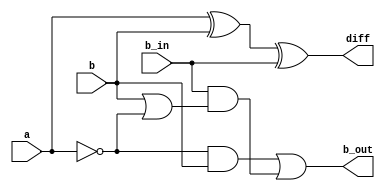
`timescale 1ns / 1ps


module bit1_subtractor (
    diff, b_out, a, b, b_in
); 

    output diff, b_out;
    input a, b, b_in;
    wire i1, i2, i3, i4;
    wire b_c, a_c;

    // to find diff- a^b^(b_in)
    not n1 (a_c, a);
    not n2 (b_c, b);
                   
    xor q1 (i1, a, b); //a^b
    xor q2 (diff, i1, b_in);  //(a^b)^b_in

    
    // to find borrow out - (~a)b +bc+ (~a)c
    and t1 (i2, a_c, b);          // (~a)b
    or t2 (i3, b, a_c);          // (~a)+b
    and t3 (i4, b_in, i3);      // c(b+(~a))
    or t4 (b_out, i2, i4);     // (~a)b +bc+ (~a)c

endmodule



// module test_bench ;

// reg a, b, b_in;
// wire diff, b_out;

// bit1_subtractor ans(.diff(diff), .b_out(b_out), .a(a), .b(b), .b_in(b_in));



//  initial begin a=1'b1;  #4; a=1'b0;#10 $stop();end
//   initial begin b=1'b1; forever #2 b=~b;end
//   initial begin b_in=1'b1;forever #1 b_in=~b_in; #10 $stop();end

// // monitor all the input and output ports at times 
// // when any of the input changes its state

// //  initial begin $monitor(" time=%0d A=%b B=%b 
// //                           Cin=%b Sum=%b Cout=%b",$time,a,b,c_in,sum,c_out);end
// initial begin
// $monitor("time=%0d A=%b B=%b Bin=%b Diff=%b Bout=%b",$time,a,b,b_in,diff,b_out);
// end
    
// endmodule